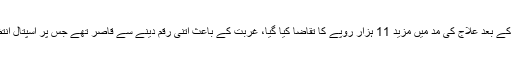
معمر مریض کی بیٹی نے میڈیا کو بتایا کہ اسپتال میں داخلے کے وقت 5 ہزار روپے جمع کرائے تھے جس کے بعد علاج کی مد میں مزید 11 ہزار روپے کا تقاضا کیا گیا، غربت کے باعث اتنی رقم دینے سے قاصر تھے جس پر اسپتال انتظامیہ نے میرے والد کو بستر سے باندھ دیا اور بل کی ادائیگی سے قبل رسی کھولنے سے صاف انکار کردیا۔